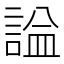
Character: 𧨦